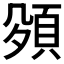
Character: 𮨅